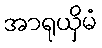
အာရုယှိမံ